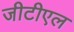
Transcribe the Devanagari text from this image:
जीटीएल